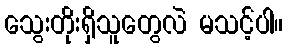
သွေးတိုးရှိသူတွေလဲ မသင့်ပါ။